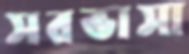
সরভাসা